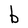
Character: b